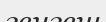
генгеш